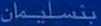
بنسليمان